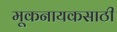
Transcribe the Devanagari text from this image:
मूकनायकसाठी